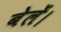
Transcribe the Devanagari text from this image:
बेलें।